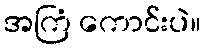
အကြံ ကောင်းပဲ။